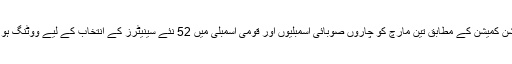
الیکشن کمیشن کے مطابق تین مارچ کو چاروں صوبائی اسمبلیوں اور قومی اسمبلی میں 52 نئے سینیٹرز کے انتخاب کے لیے ووٹنگ ہو گی۔